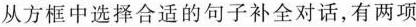
从方框中选择合适的句子补全对话，有两项